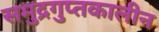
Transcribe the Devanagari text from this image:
समुद्रगुप्तकालीन